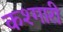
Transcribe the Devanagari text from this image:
कश्गारी